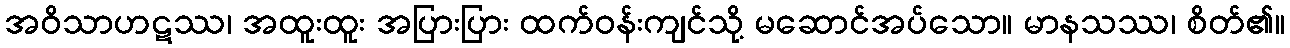
အဝိသာဟဋဿ၊ အထူးထူး အပြားပြား ထက်ဝန်းကျင်သို့ မဆောင်အပ်သော။ မာနသဿ၊ စိတ်၏။